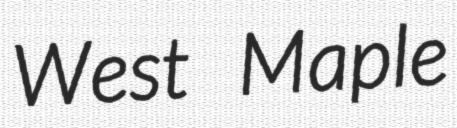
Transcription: West Maple